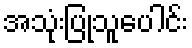
အသုံးပြုသူပေါင်း